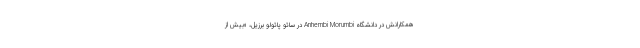
همکارانش در دانشگاه Anhembi Morumbi در سائو پائولو برزیل، «بیش از